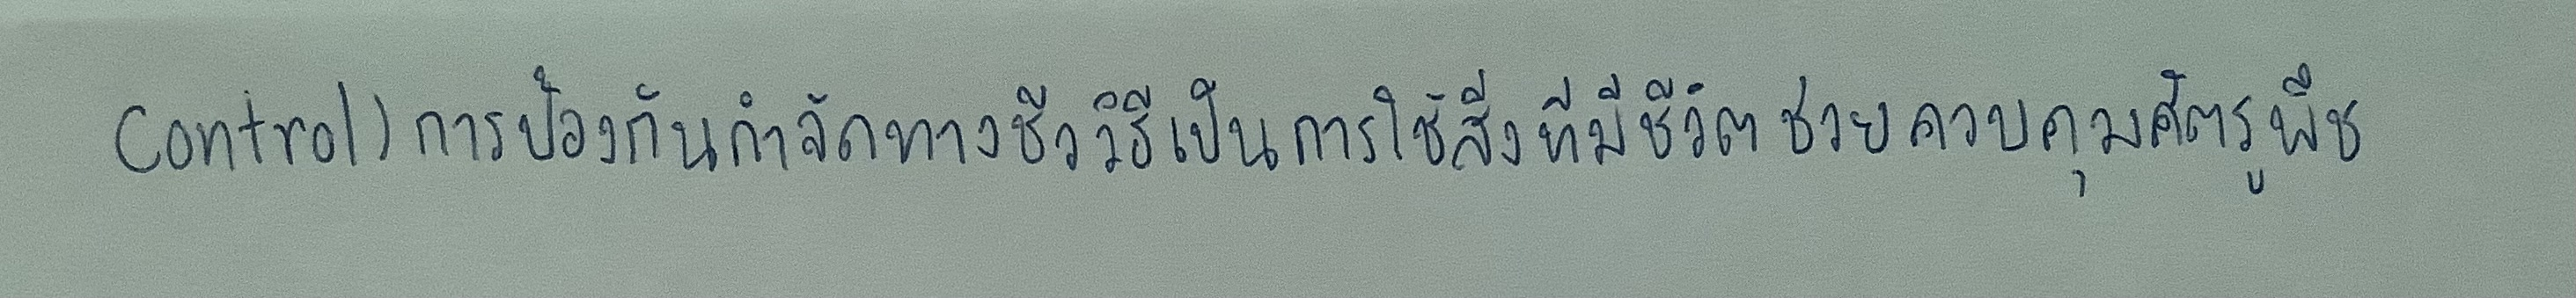
control)การป้องกันกำจัดทางชีววิธีเป็นการใช้สิ่งที่มีชีวิตช่วยควบคุมศัตรูพืช